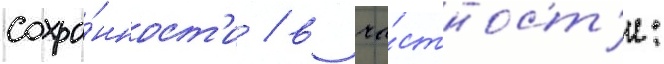
сохра́нност'и / в ча́стност'и: